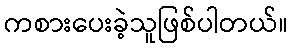
ကစားပေးခဲ့သူဖြစ်ပါတယ်။